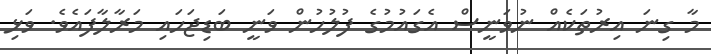
މާ ގިނަ އިރުތަކެއް ނުވަނީސް އެގައުމުގެ ފުލުހުން ވަނީ ބަޑިޖަހައި މަރާލާފައެވެ. ވަޅި